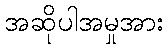
အဆိုပါအမှုအား